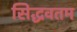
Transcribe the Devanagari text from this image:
सिद्धवतम